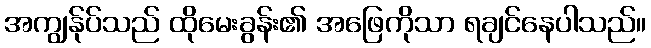
အကျွန်ုပ်သည် ထိုမေးခွန်း၏ အဖြေကိုသာ ရချင်နေပါသည်။